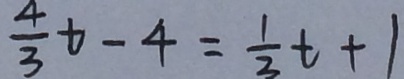
\frac { 4 } { 3 } t - 4 = \frac { 1 } { 3 } t + 1